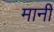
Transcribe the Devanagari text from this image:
मानीं